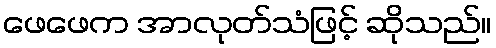
ဖေဖေက အာလုတ်သံဖြင့် ဆိုသည်။